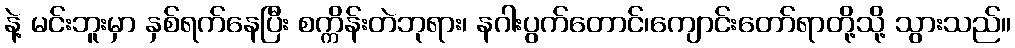
နဲ့ မင်းဘူးမှာ နှစ်ရက်နေပြီး စက္ကိန်းတဲဘုရား၊ နဂါးပွက်တောင်၊ကျောင်းတော်ရာတို့သို့ သွားသည်။